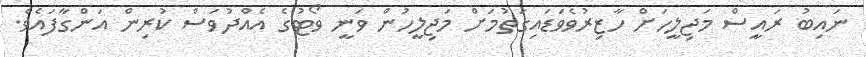
ނައިބު ރައީސް މަޖިލީހަށް ހާޒިރުވެވަޑައިގަތުމަށް މަޖިލީހުން ވަނީ ވޯޓުގެ އެއްދުވަސް ކުރިން އަންގާފައެވެ.